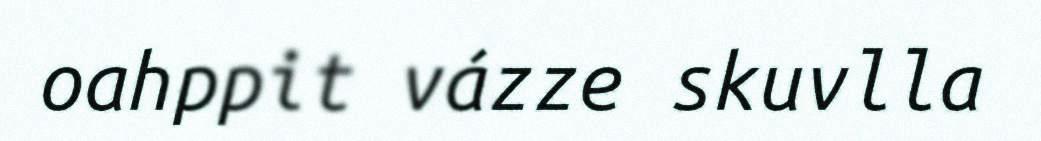
oahppit vázze skuvlla